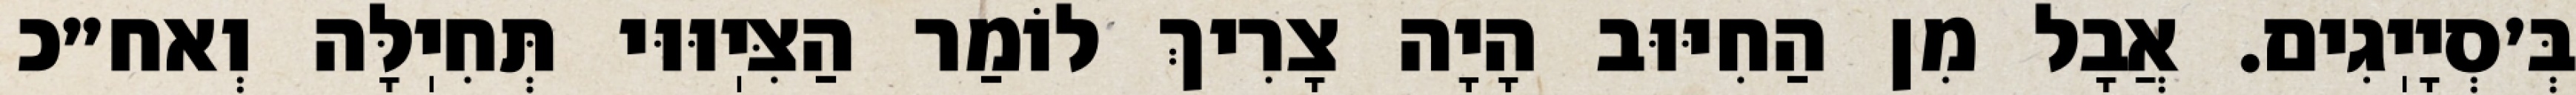
בְּ׳סְיָיֽגִים. אֲבָל מִן הַחִיּוּב הָיָה צָרִיךְ לוֹמַר הַצִּיֽוּוּי תְּחִיֽלָּה וְאח״כ